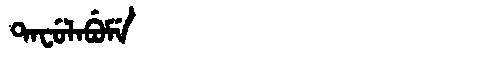
Manchu: ᡨᠠᠸᡠᠯᠠᠪᡠᠮᡝ
Romanization: TAFULABUME